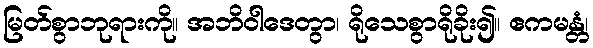
မြတ်စွာဘုရားကို။ အဘိဝါဒေတွာ၊ ရိုသေစွာရိုခိုး၍။ ဧကမန္တံ၊